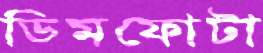
ডিমফোটা